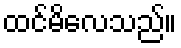
ထင်မိလေသည်။